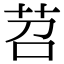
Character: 苕